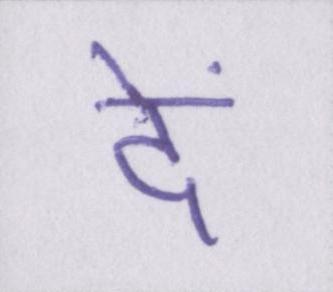
दें